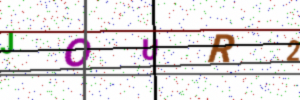
Text: JOUR2